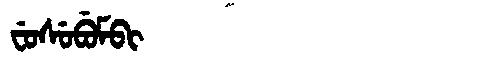
Manchu: ᠸᡠᠰᡠᠪᡠᠮᠪᡳ
Romanization: FUSUBUMBI